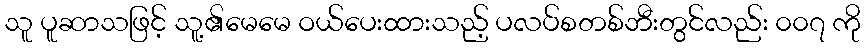
သူ ပူဆာသဖြင့် သူ့၏မေမေ ဝယ်ပေးထားသည့် ပလပ်စတစ်ဘီးတွင်လည်း ၀၀၇ ကို